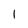
Character: 1